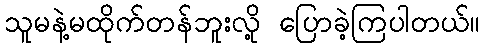
သူမနဲ့မထိုက်တန်ဘူးလို့ ပြောခဲ့ကြပါတယ်။